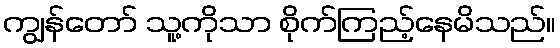
ကျွန်တော် သူ့ကိုသာ စိုက်ကြည့်နေမိသည်။